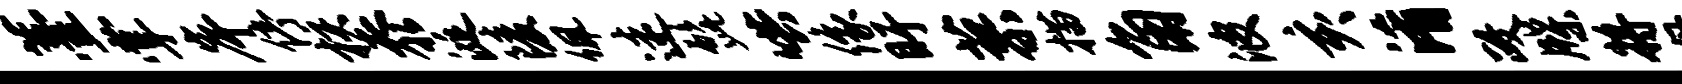
薹掌岸停核忝涎陵佩迷髭哄像盱蓼描角波亥淆政牒将母